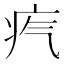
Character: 𤴸